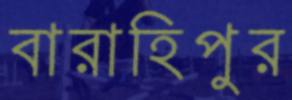
বারাহিপুর